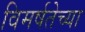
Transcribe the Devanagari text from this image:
विमर्षतेच्या